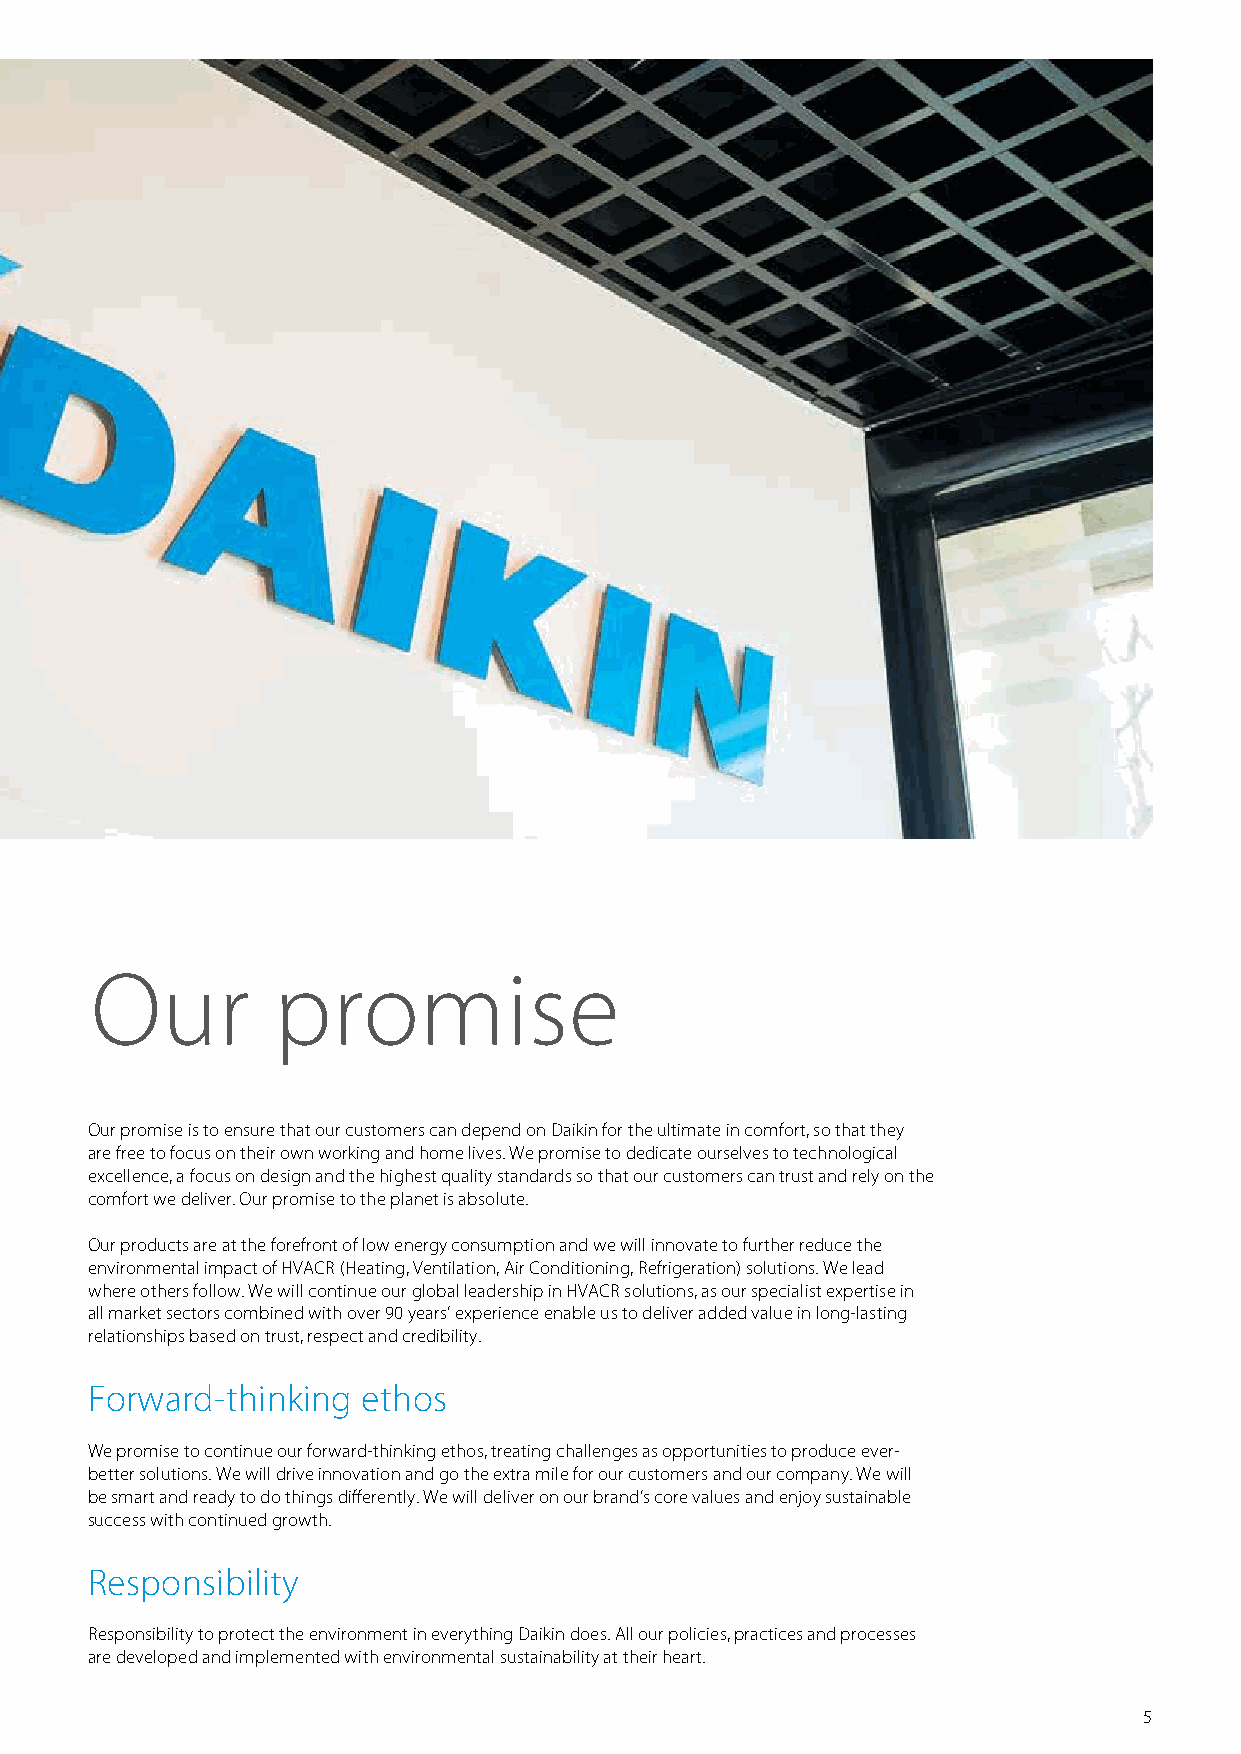
Our         promise
 Our promise is to ensure that our customers can depend on Daikin for the ultimate in comfort, so that they
 are free to focus on their own working and home lives. We promise to dedicate ourselves to technological
 excellence, a focus on design and the highest quality standards so that our customers can trust and rely on the
 comfort we deliver. Our promise to the planet is absolute.
 Our products are at the forefront of low energy consumption and we will innovate to further reduce the
 environmental impact of HVACR (Heating, Ventilation, Air Conditioning, Refrigeration) solutions. We lead
 where others follow. We will continue our global leadership in HVACR solutions, as our specialist expertise in
 all market sectors combined with over 90 years’ experience enable us to deliver added value in long-lasting
 relationships based on trust, respect and credibility.
 Forward-thinking  ethos
 We promise to continue our forward-thinking ethos, treating challenges as opportunities to produce ever-
 better solutions. We will drive innovation and go the extra mile for our customers and our company. We will
 be smart and ready to do things differently. We will deliver on our brand’s core values and enjoy sustainable
 success with continued growth.
 Responsibility
 Responsibility to protect the environment in everything Daikin does. All our policies, practices and processes
 are developed and implemented with environmental sustainability at their heart.
 5